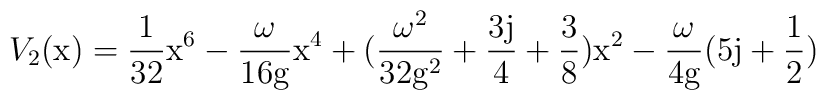
V_2(\rm x) = \frac{1}{32} \rm x^6 - \frac{\omega}{16\rm g} \rm x^4 +(\frac{\omega^2}{32\rm g^2} + \frac{3j}{4} + \frac{3}{8}) \rm x^2 -\frac{\omega}{4\rm g} (5 j+\frac{1}{2})